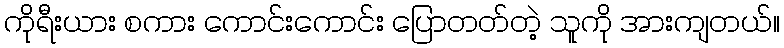
ကိုရီးယား စကား ကောင်းကောင်း ပြောတတ်တဲ့ သူကို အားကျတယ်။